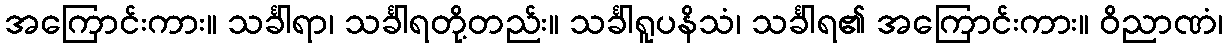
အကြောင်းကား။ သင်္ခါရာ၊ သင်္ခါရတို့တည်း။ သင်္ခါရူပနိသံ၊ သင်္ခါရ၏ အကြောင်းကား။ ဝိညာဏံ၊